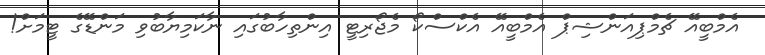
އެމްބީއޭ ޗެމްޕިއަންޝިޕް އެމްބީއޭ އެކްސްކޯ މެޖޯރިޓީ އިންތިހާބުގައި ނާކަމިޔާބުވި މަންޑޭގެ ޓީމަށް!